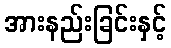
အားနည်းခြင်းနှင့်